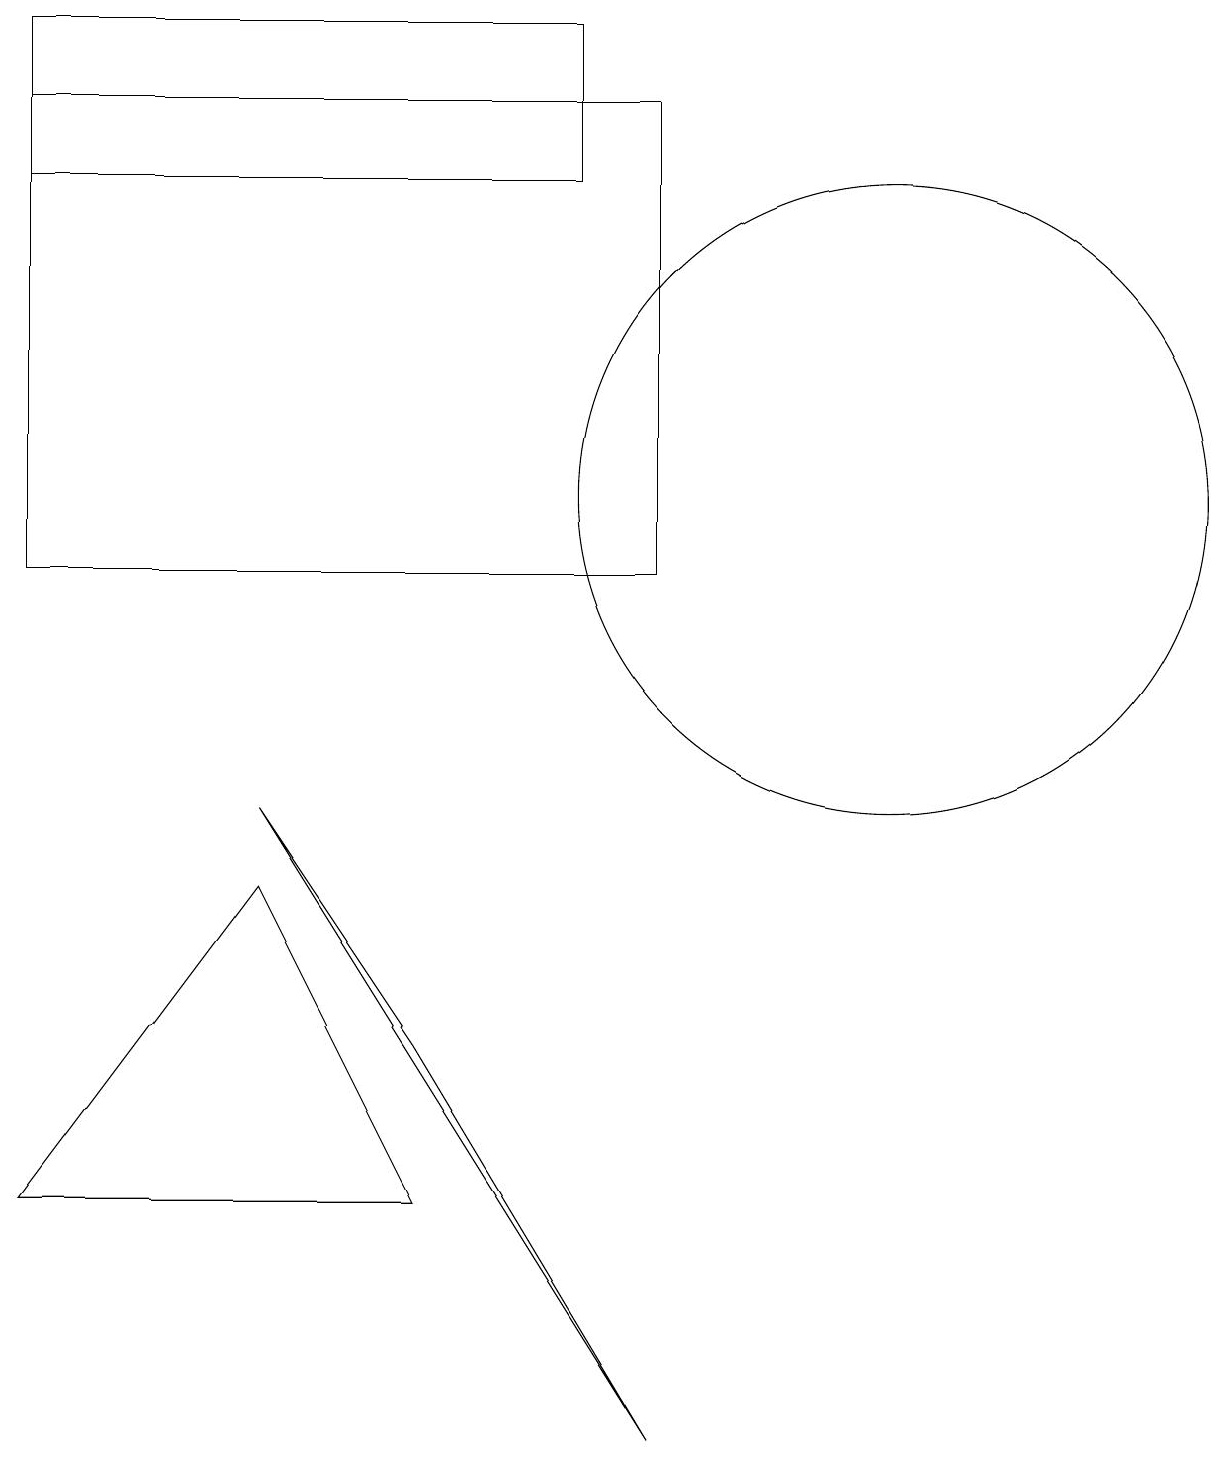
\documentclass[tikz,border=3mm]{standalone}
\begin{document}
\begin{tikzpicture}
\draw (6,3) -- (1,3) -- (4,7) -- cycle;
\draw (9,17) rectangle (1,11);
\draw (8,18) rectangle (1,16);
\draw (4,8) -- (9,0) -- (6,5) -- cycle;
\draw (12,12) circle (4);
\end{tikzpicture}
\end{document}